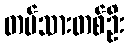
တပ်သားတစ်ဦး